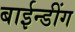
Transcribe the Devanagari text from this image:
बाईन्डींग